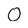
Character: 0